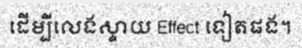
ដើម្បីលេងស្ទាយ Effect ទៀតផង។